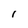
Character: 1